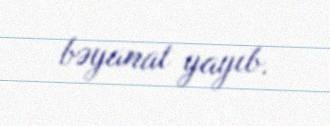
bəyanat yayıb.